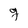
Character: g